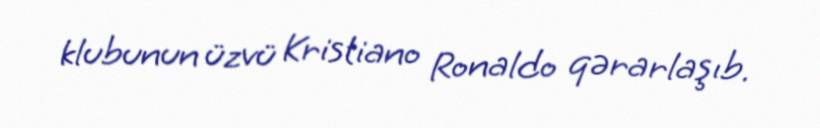
klubunun üzvü Kristiano Ronaldo qərarlaşıb.